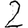
Digit: 2